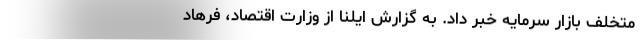
متخلف بازار سرمایه خبر داد. به گزارش ایلنا از وزارت اقتصاد، فرهاد